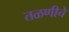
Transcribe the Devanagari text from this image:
तळणीचे